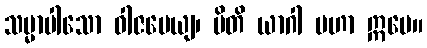
သမ္မာပါသော ဝါဇပေယျ၊ မိတိ ယာဂါ မဟာ ဣမေ။